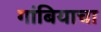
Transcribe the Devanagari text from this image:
गांबियाचा